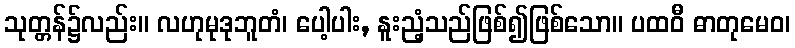
သုတ္တန်၌လည်း။ လဟုမုဒုဘူတံ၊ ပေါ့ပါး, နူးညံ့သည်ဖြစ်၍ဖြစ်သော။ ပထဝီ ဓာတုမေဝ၊